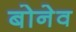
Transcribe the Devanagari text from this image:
बोनेव